Calcutta medical institutions reports 1879-81 [i.e.91]
Year: 1879
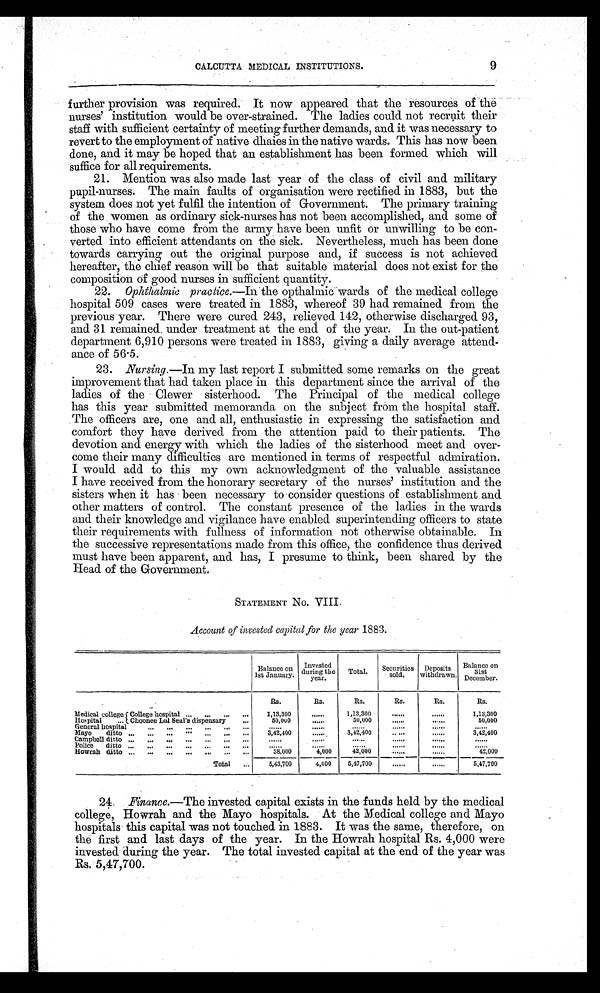
9
CALCUTTA MEDICAL INSTITUTIONS.
further provision was required. It now appeared that the resources of the
n u r s e s ’ i n s t i t u t i o n w o u l d b e o v e r - s t r a i n e d . T h e l a d i e s c o u l d n o t r e c r u i t t h e i r
staff with sufficient certainty of meeting further demands, and it was necessary to
revert to the employment of native dhaies in the native wards. This has now been
done, and it may be hoped that an establishment has been formed which will
suffice for all requirements.
21. Mention was also made last year of the class of civil and military
p u p i l — n u r s e s . T h e m a i n f a u l t s o f o r g a n i s a t i o n w e r e r e c t i f i e d i n 1 8 8 3 , b u t t h e
system does not yet fulfil the intention of Government. The primary training
of the women as ordinary sick—nurses has not been accomplished, and some of
those who have come from the army have been unfit or unwilling to be con-
verted into efficient attendants on the sick. Nevertheless, much has been done
towards carrying out the original purpose and, if success is not achieved
hereafter, the chief reason will be that suitable material does not exist for the
composition of good nurses in sufficient quantity.
22. Ophthalmic practice.—In the opthalmic wards of the medical college
hospital 509 cases were treated in 1883, whereof 39 had remained from the
previous year. There were cured 243, relieved 142, otherwise discharged 93,
and 31 remained, under treatment at the end of the year. In the out—patient
department 6,910 persons were treated in 1883, giving a daily average attend-
ance of 56.5.
23. Nursing .—In my last report I submitted some remarks on the great
improvement that had taken place in this department since the arrival of the
ladies of the Clewer sisterhood. The Principal of the medical college
has this year submitted memoranda on the subject from the hospital staff.
The officers are, one and all, enthusiastic in expressing the satisfaction and
comfort they have derived from the attention paid to their patients. The
devotion and energy with which the ladies of the sisterhood meet and over-
come their many difficulties are mentioned in terms of respectful admiration.
I would add to this my own acknowledgment of the valuable assistance
I have received from the honorary secretary of the nurses’ institution and the
sisters when it has been necessary to consider questions of establishment and
other matters of control. The constant presence of the ladies in the wards
and their knowledge and vigilance have enabled superintending officers to state
their requirements with fullness of information not otherwise obtainable. In
the successive representations made from this office, the confidence thus derived
must have been apparent, and has, I presume to think, been shared by the
Head of the Government.
STATEMENT No. VIII.
Account of invested capital for the year 1883.
Balance on
1st January. during the
year.
Total.
ecurities
Securities
sold.
Deposits
withdrawn.
Balance on
31st
December.
Rs.
Rs.
Rs.
Rs.
Rs.
Rs.
Medical colleges College hospital ...
...
...
...
1,13,300
. . . . . .
1 , 1 3 , 3 0 0
. . . . . .
. . . . . .
1,13,300
Hospital Choonee Lal Seal’s dispensary . . .
50,000
. . . . . .
50,000
. . . . . .
. . . . . .
50,000
General hospital
...
...
...
...
...
...
. . . . . .
. . . . . .
. . . . . .
. . . . . .
. . . . . .
. . . . . .
Mayo ditto ...
...
...
...
... . . .
. . .
3,42,400
......
3 , 42,400
’,
. . . . .
......
3 , 42,400 ’
Campbell ditto ...
...
...
...
...
...
...
. . . . . .
. . . . . .
. . . . . .
. . . . . .
. . . . . .
. . . . . .
Police ditto ...
...
...
...
...
...
...
. . . . . .
. . . . . .
. . . . . .
. . . . . .
. . . . . .
. . . . . .
Howrah ditto ...
...
...
...
...
...
...
38,000
4,000
42,0
00
. . . . . .
. . . . . .
42,000
Total
...
5,43,700
4,000
5,47,700
. . . . . .
. . . . . . -
547,700
24. Finance.—The invested capital exists in the funds held by the medical
college, Howrah and the Mayo hospitals. At the Medical college and Mayo
hospitals this capital was not touched in 1883. It was the same, therefore, on
the first and last days of the year. In the Howrah hospital Rs. 4,000 were
invested during the year. The total invested capital at the end of the year was
Rs. 5,47,700.